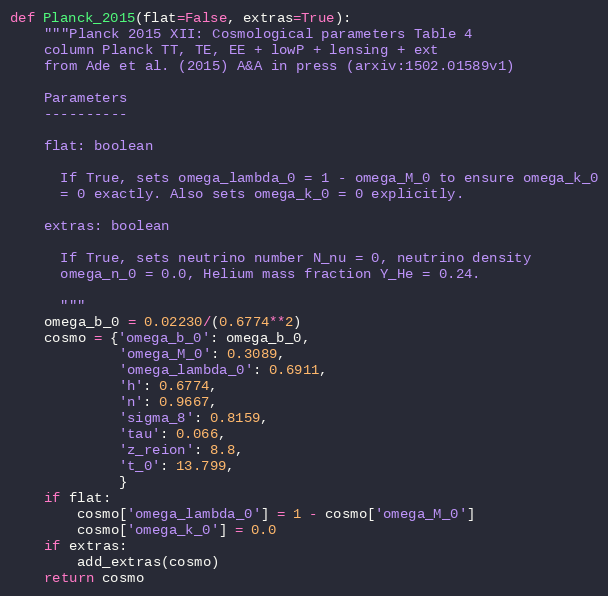
Language: Python
def Planck_2015(flat=False, extras=True):
    """Planck 2015 XII: Cosmological parameters Table 4
    column Planck TT, TE, EE + lowP + lensing + ext
    from Ade et al. (2015) A&A in press (arxiv:1502.01589v1)

    Parameters
    ----------

    flat: boolean

      If True, sets omega_lambda_0 = 1 - omega_M_0 to ensure omega_k_0
      = 0 exactly. Also sets omega_k_0 = 0 explicitly.

    extras: boolean

      If True, sets neutrino number N_nu = 0, neutrino density
      omega_n_0 = 0.0, Helium mass fraction Y_He = 0.24.

      """
    omega_b_0 = 0.02230/(0.6774**2)
    cosmo = {'omega_b_0': omega_b_0,
             'omega_M_0': 0.3089,
             'omega_lambda_0': 0.6911,
             'h': 0.6774,
             'n': 0.9667,
             'sigma_8': 0.8159,
             'tau': 0.066,
             'z_reion': 8.8,
             't_0': 13.799,
             }
    if flat:
        cosmo['omega_lambda_0'] = 1 - cosmo['omega_M_0']
        cosmo['omega_k_0'] = 0.0
    if extras:
        add_extras(cosmo)
    return cosmo